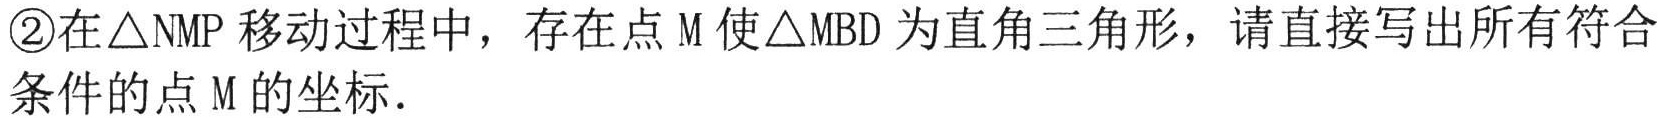
\textcircled{2}在\(\triangle NMP\)移动过程中，存在点\(M\)使\(\triangle MBD\)为直角三角形，请直接写出所有符合条件的点\(M\)的坐标.